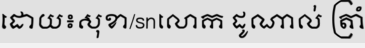
ដោយ៖សុខា/snលោក ដូណាល់ ត្រាំ